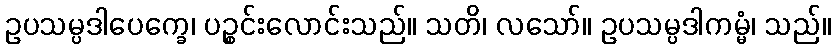
ဥပသမ္ပဒါပေက္ခေ၊ ပဉ္စင်းလောင်းသည်။ သတိ၊ လသော်။ ဥပသမ္ပဒါကမ္မံ၊ သည်။